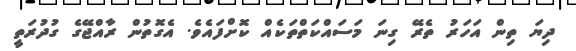
ދިޔަ ތިން އަހަރު ތެރޭ ގިނަ މަސައްކަތްތަކެއް ކޮށްފައެވެ. އެގޮތުން ރާއްޖޭގެ ގުދުރަތީ